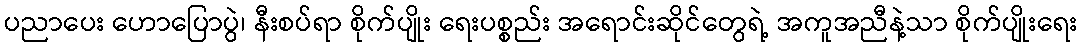
ပညာပေး ဟောပြောပွဲ၊ နီးစပ်ရာ စိုက်ပျိုး ရေးပစ္စည်း အရောင်းဆိုင်တွေရဲ့ အကူအညီနဲ့သာ စိုက်ပျိုးရေး